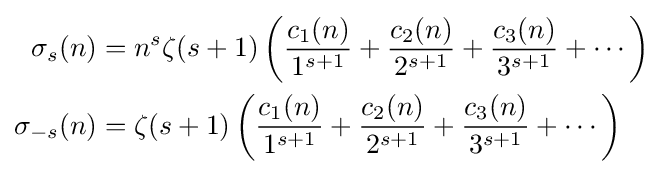
{\begin{aligned}\sigma _{s}(n)&=n^{s}\zeta (s+1)\left({\frac {c_{1}(n)}{1^{s+1}}}+{\frac {c_{2}(n)}{2^{s+1}}}+{\frac {c_{3}(n)}{3^{s+1}}}+\cdots \right)\\\sigma _{-s}(n)&=\zeta (s+1)\left({\frac {c_{1}(n)}{1^{s+1}}}+{\frac {c_{2}(n)}{2^{s+1}}}+{\frac {c_{3}(n)}{3^{s+1}}}+\cdots \right)\end{aligned}}